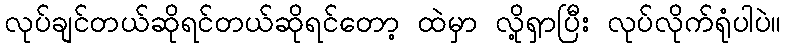
လုပ်ချင်တယ်ဆိုရင်တယ်ဆိုရင်တော့ ထဲမှာ လို့ရှာပြီး လုပ်လိုက်ရုံပါပဲ။